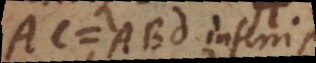
AC = ABD inferri